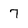
Character: 7